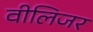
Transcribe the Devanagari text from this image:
वीलिजर